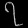
Digit: ၇